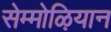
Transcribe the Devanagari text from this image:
सेम्मोऴियान